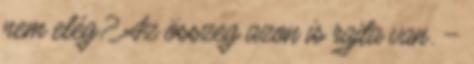
nem elég? Az összeg azon is rajta van. –